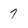
Character: 7